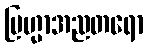
ဗြဟ္မာအညတရော